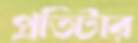
প্রতিটার